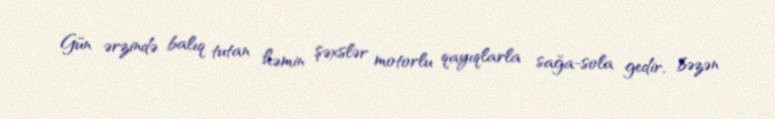
Gün ərzində balıq tutan həmin şəxslər motorlu qayıqlarla sağa-sola gedir, bəzən